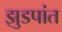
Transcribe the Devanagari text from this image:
झुडपांत